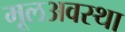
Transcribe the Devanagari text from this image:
मूलअवस्था